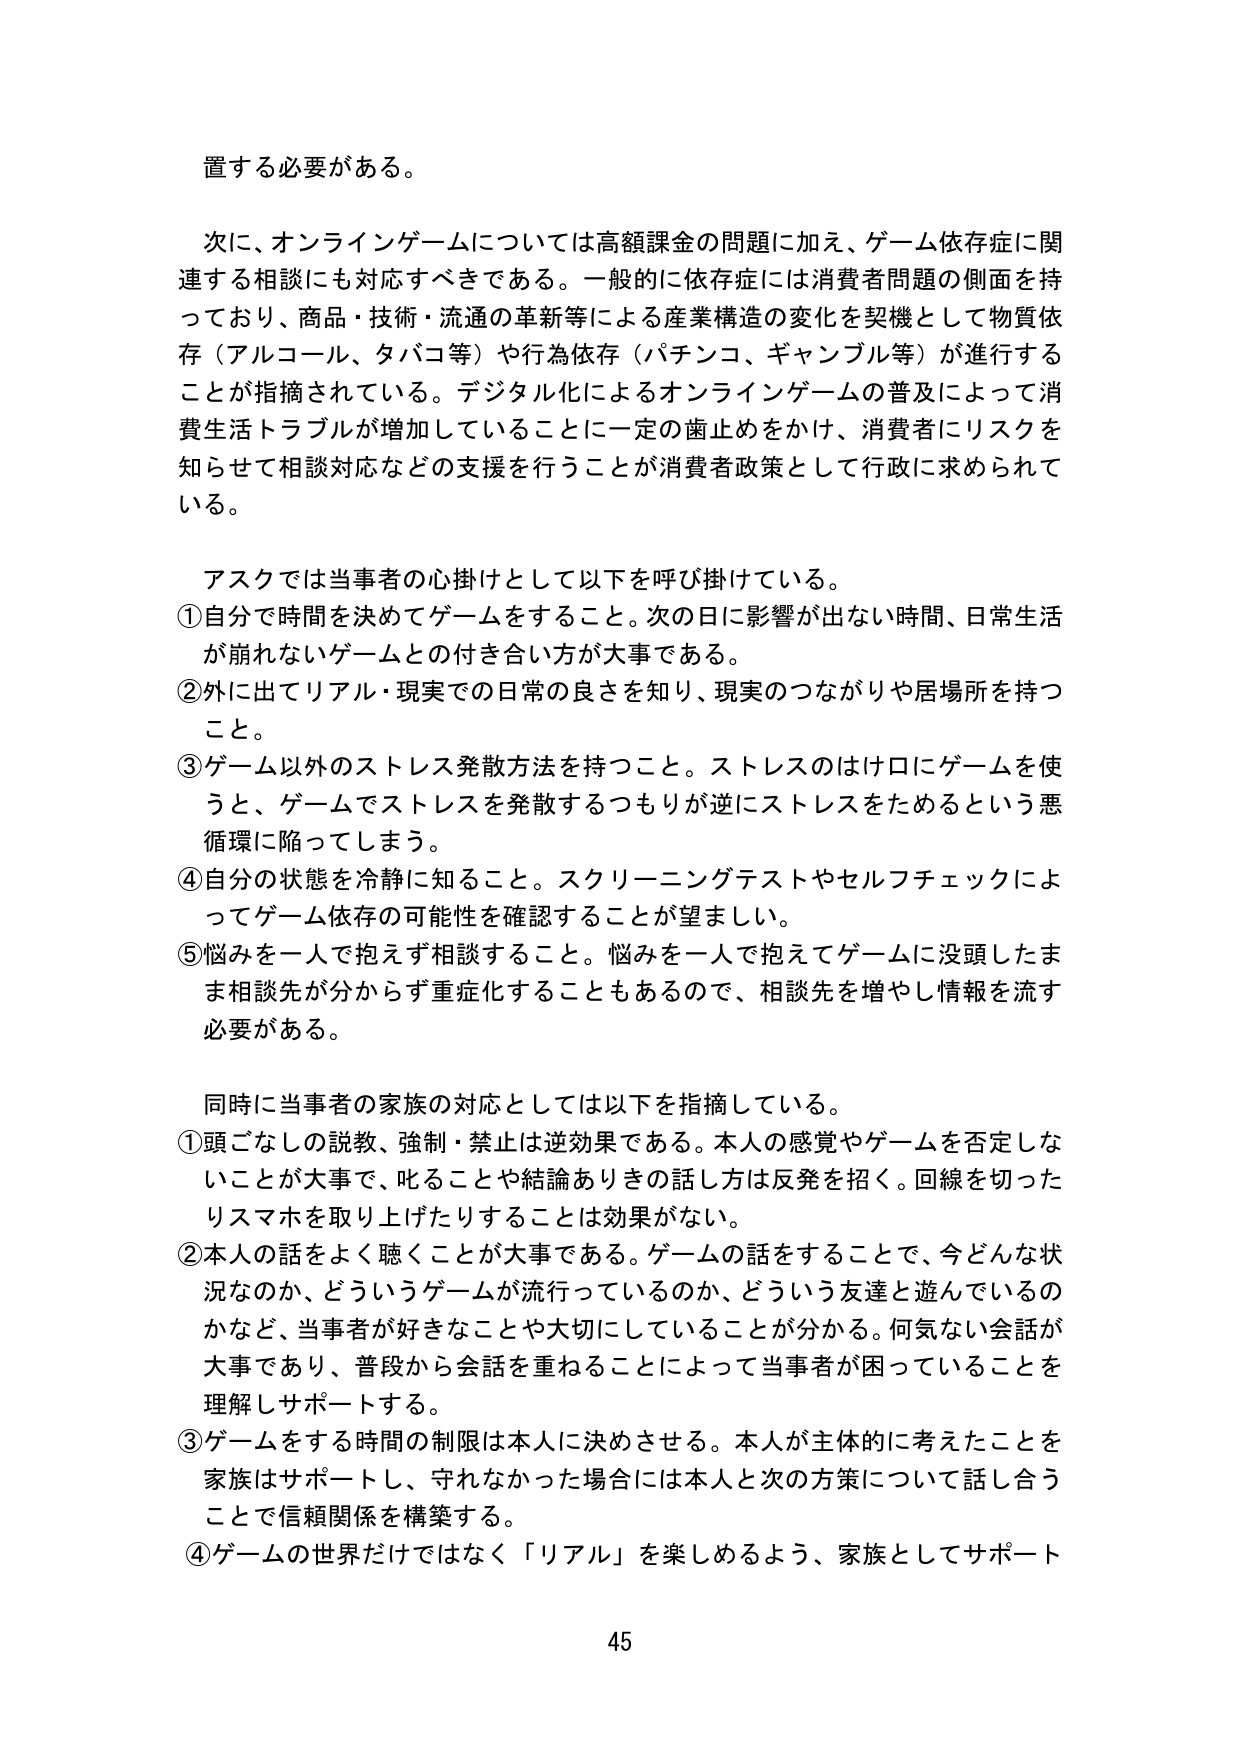
置する必要がある。

次に、オンラインゲームについては高額課金の問題に加え、ゲーム依存症に関連する相談にも対応すべきである。一般的に依存症には消費者問題の側面を持っており、商品・技術・流通の革新等による産業構造の変化を契機として物質依存（アルコール、タバコ等）や行為依存（パチンコ、ギャンブル等）が進行することが指摘されている。デジタル化によるオンラインゲームの普及によって消費生活トラブルが増加していることに一定の歯止めをかけ、消費者にリスクを知らせて相談対応などの支援を行うことが消費者政策として行政に求められている。

アスクでは当事者の心掛けとして以下を呼び掛けている。
① 自分で時間を決めてゲームをすること。次の日に影響が出ない時間、日常生活が崩れないゲームとの付き合い方が大事である。
② 外に出てリアル・現実での日常の良さを知り、現実のつながりや居場所を持つこと。
③ ゲーム以外のストレス発散方法を持つこと。ストレスのはけ口にゲームを使うと、ゲームでストレスを発散するつもりが逆にストレスをためるという悪循環に陥ってしまう。
④ 自分の状態を冷静に知ること。スクリーニングテストやセルフチェックによってゲーム依存の可能性を確認することが望ましい。
⑤ 悩みを一人で抱えず相談すること。悩みを一人で抱えてゲームに没頭したまま相談先が分からず重症化することもあるので、相談先を増やし情報を流す必要がある。

同時に当事者の家族の対応としては以下を指摘している。
① 頭ごなしの説教、強制・禁止は逆効果である。本人の感覚やゲームを否定しないことが大事で、叱ることや結論ありきの話し方は反発を招く。回線を切ったりスマホを取り上げたりすることは効果がない。
② 本人の話をよく聴くことが大事である。ゲームの話をすることで、今どんな状況なのか、どういうゲームが流行っているのか、どういう友達と遊んでいるのかなど、当事者が好きなことや大切にしていることが分かる。何気ない会話が大事であり、普段から会話を重ねることによって当事者が困っていることを理解しサポートする。
③ ゲームをする時間の制限は本人に決めさせる。本人が主体的に考えたことを家族はサポートし、守れなかった場合には本人と次の方策について話し合うことで信頼関係を構築する。
④ ゲームの世界だけではなく「リアル」を楽しめるよう、家族としてサポート

45